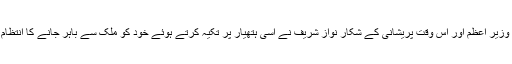
موجودہ وزیر اعظم اور اس وقت پریشانی کے شکار نواز شریف نے اسی ہتھیار پر تکیہ کرتے ہوئے خود کو ملک سے باہر جانے کا انتظام کروایا۔